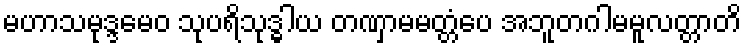
မဟာသမုဒ္ဒမေဝ သုပရိသုဒ္ဓါယ တဏှာမမတ္တံပေ အဘူတဂါမမူလတ္တာတိ